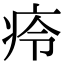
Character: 㾉